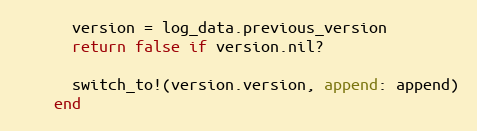
Language: Ruby
      version = log_data.previous_version
      return false if version.nil?

      switch_to!(version.version, append: append)
    end